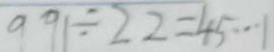
9 9 1 \div 2 2 = 4 5 \cdots 1